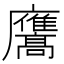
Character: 𭚑